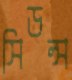
সিডন্স